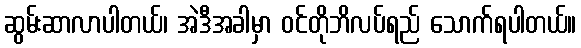
ဆွမ်းဆာလာပါတယ်၊ အဲဒီအခါမှာ ဝင်တိုဘိလပ်ရည် သောက်ရပါတယ်။